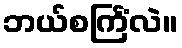
ဘယ်စင်္ကြံလဲ။